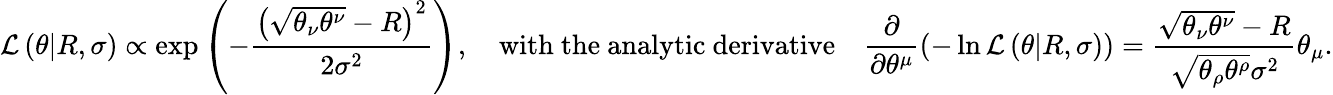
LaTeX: \mathcal{L}\left(\theta|R,\sigma\right)\propto\exp\left(-\frac{\left(\sqrt{\theta_{\nu}\theta^{\nu}}-R\right)^{2}}{2\sigma^{2}}\right),\quad\mathrm{with~the~analytic~derivative}\quad\frac{\partial}{\partial\theta^{\mu}}\left(-\ln\mathcal{L}\left(\theta|R,\sigma\right)\right)=\frac{\sqrt{\theta_{\nu}\theta^{\nu}}-R}{\sqrt{\theta_{\rho}\theta^{\rho}}\sigma^{2}}\theta_{\mu}.